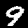
Label: 9